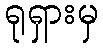
ရုရှားမှ